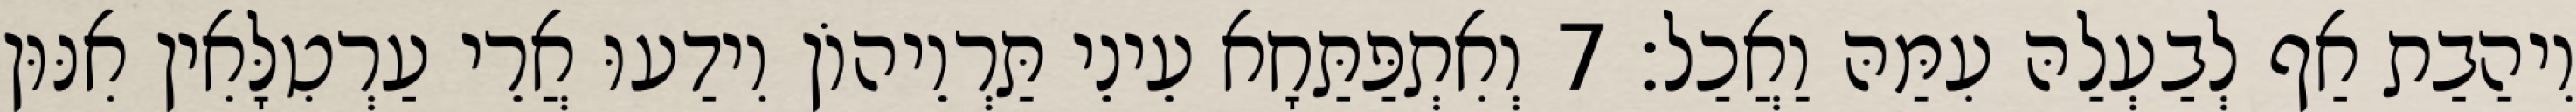
וִיהַבַת אַף לְבַעְלַהּ עִמַּהּ וַאֲכַל׃ 7 וְאִתְפַּתַּחָא עֵינֵי תַּרְוֵיהוֹן וִידַעוּ אֲרֵי עַרְטִלָּאִין אִנּוּן